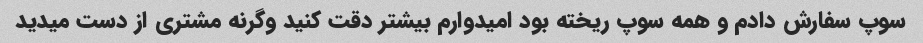
سوپ سفارش دادم و همه سوپ ریخته بود امیدوارم بیشتر دقت کنید وگرنه مشتری از دست میدید